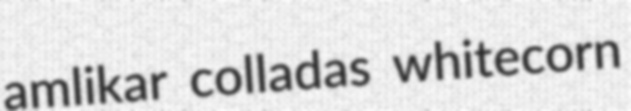
amlikar colladas whitecorn